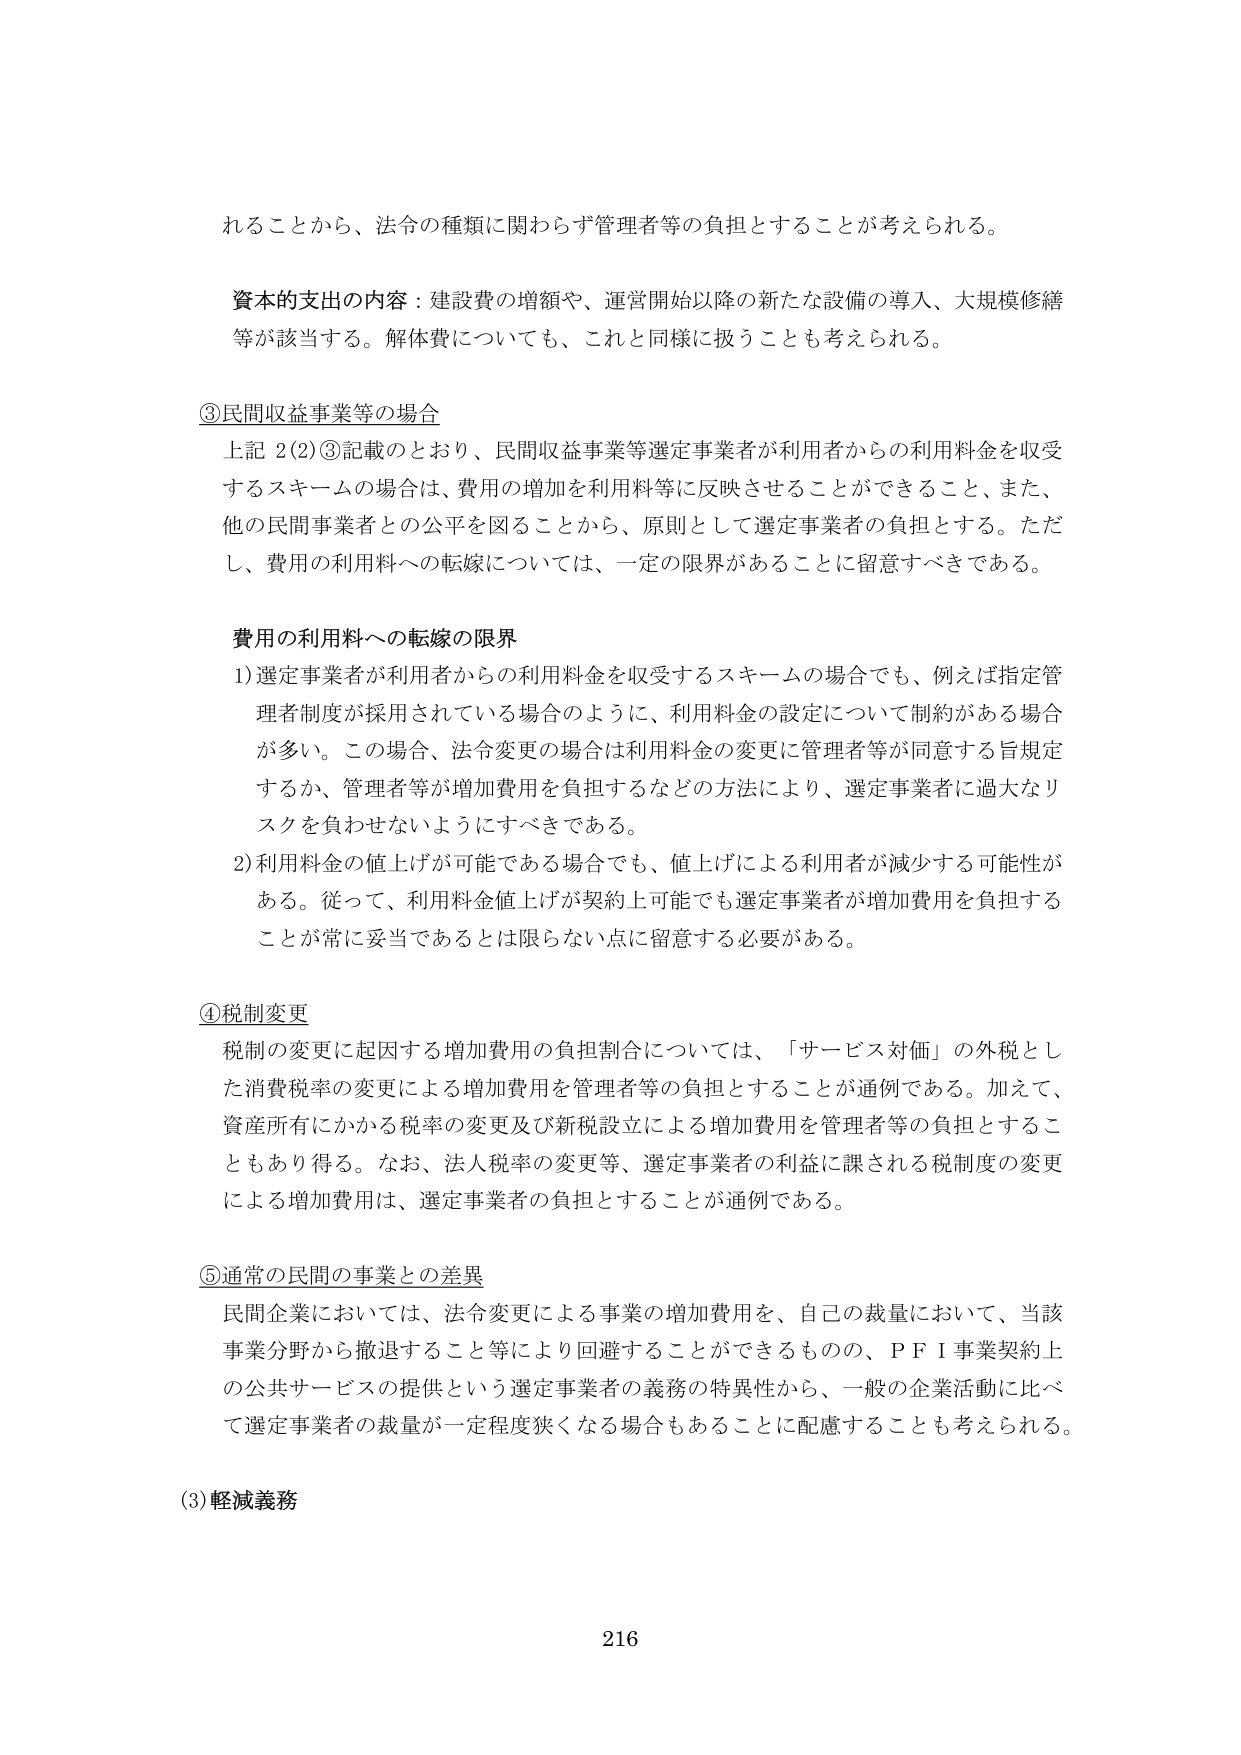
れることがら、法令の種類に関わらず管理者等の負担とすることが考えられる。

資本的支出の内容：建設費の増額や、運営開始以降の新たな設備の導入、大規模修繕等が該当する。解体費についても、これと同様に扱うことも考えられる。

③民間収益事業等の場合
上記 2(2)③記載のとおり、民間収益事業等選定事業者が利用者からの利用料金を収受するスキームの場合は、費用の増加を利用料等に反映させることができること、また、他の民間事業者との公平を図ることから、原則として選定事業者の負担とする。ただし、費用の利用料への転嫁については、一定の限界があることに留意すべきである。

費用の利用料への転嫁の限界
1) 選定事業者が利用者からの利用料金を収受するスキームの場合でも、例えば指定管理者制度が採用されている場合のように、利用料金の設定について制約がある場合が多い。この場合、法令変更の場合は利用料金の変更に管理者等が同意する旨規定するか、管理者等が増加費用を負担するなどの方法により、選定事業者に過大なリスクを負わせないようにすべきである。
2) 利用料金の値上げが可能である場合でも、値上げによる利用者が減少する可能性がある。従って、利用料金値上げが契約上可能でも選定事業者が増加費用を負担することが常に妥当であるとは限らない点に留意する必要がある。

④税制変更
税制の変更に起因する増加費用の負担割合については、「サービス対価」の外税とした消費税率の変更による増加費用を管理者等の負担とすることが通例である。加えて、資産所有にかかる税率の変更及び新税設立による増加費用を管理者等の負担とすることもあり得る。なお、法人税率の変更等、選定事業者の利益に課される税制度の変更による増加費用は、選定事業者の負担とすることが通例である。

⑤通常の民間の事業との差異
民間企業においては、法令変更による事業の増加費用を、自己の裁量において、当該事業分野から撤退すること等により回避することができるものの、ＰＦＩ事業契約上の公共サービスの提供という選定事業者の義務の特異性から、一般の企業活動に比べて選定事業者の裁量が一定程度狭くなる場合もあることに配慮することも考えられる。

(3)軽減義務

216